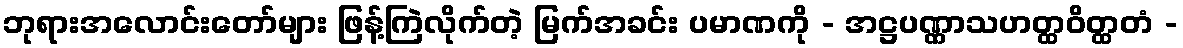
ဘုရားအလောင်းတော်များ ဖြန့်ကြဲလိုက်တဲ့ မြက်အခင်း ပမာဏကို - အဋ္ဌပဏ္ဏာသဟတ္ထဝိတ္ထတံ -